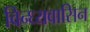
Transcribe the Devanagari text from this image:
विन्ध्यवासिन